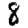
Digit: 8